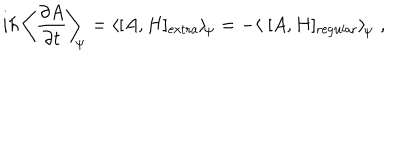
LaTeX: i \hbar \, \left\langle \frac { \partial A } { \partial t } \right\rangle _ { \scriptstyle \! \! \Psi } = \left\langle [ A , H ] _ { \mathrm { e x t r a } } \right\rangle _ { \scriptstyle \! \Psi } = - \left\langle \; [ A , H ] _ { \mathrm { r e g u l a r } } \right\rangle _ { \scriptstyle \! \Psi } \; ,